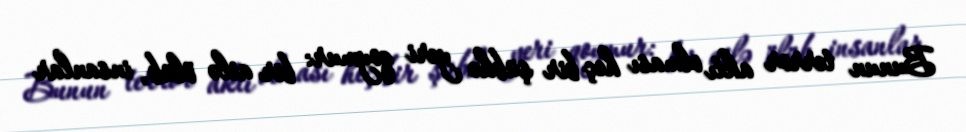
Bunun terror aktı olması heç bir şübhə yeri qoymur: bir ailə ölüb, insanlar